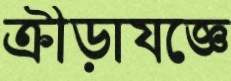
ক্রীড়াযজ্ঞে